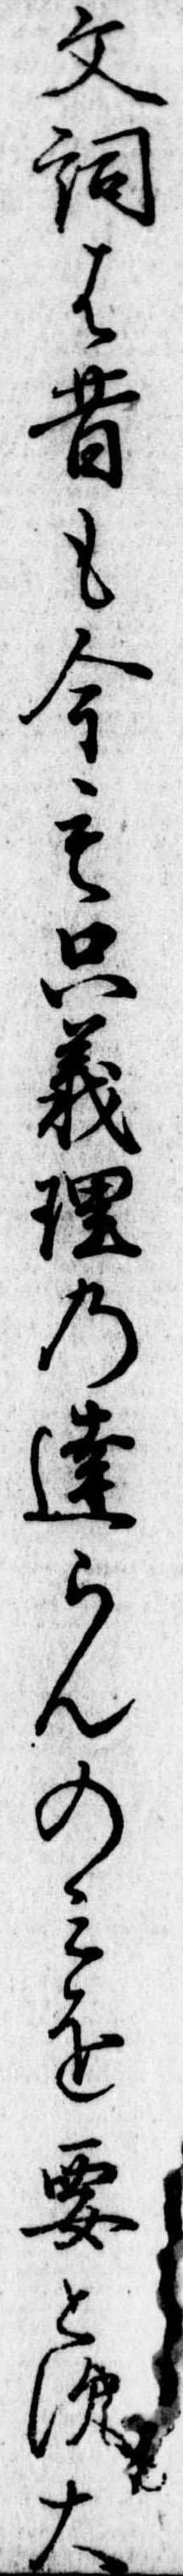
文詞は昔も今も只義理の達らんのみを要とす大